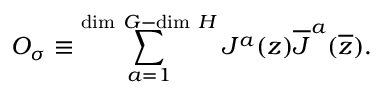
{ \cal O } _ { \sigma } \equiv \sum _ { a = 1 } ^ { \mathrm { d i m ~ } G - \mathrm { d i m ~ } H } { \cal J } ^ { a } ( z ) \overline { { { \cal J } } } ^ { a } ( \overline { { z } } ) .